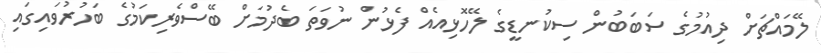
ލޭމައްޗަށް ދިއުމުގެ ސަބަބުން ސިކުނޑީގެ ލޭހޮޅިއެއް ފެޅުން ނުވަތަ ބެދުމަށް ބޭސްވެރިކަމުގެ ބަހުރުވައިގައި